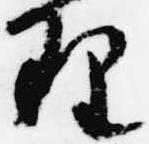
理